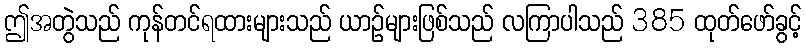
ဤအတွဲသည် ကုန်တင်ရထားများသည် ယာဉ်များဖြစ်သည် လကြာပါသည် 385 ထုတ်ဖော်ခွင့်